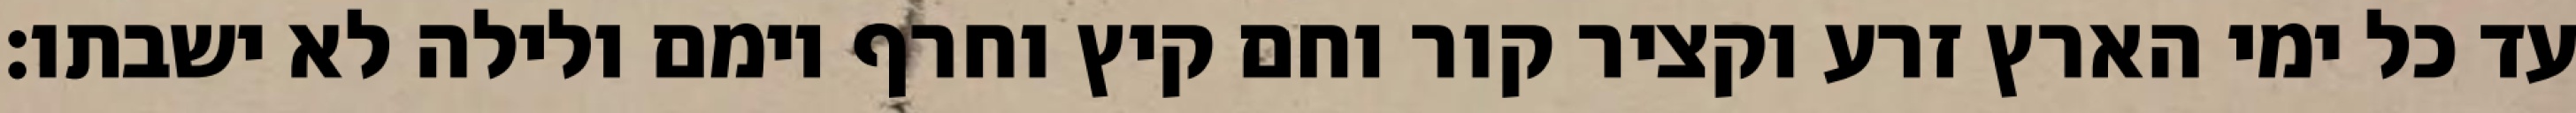
עד כל ימי הארץ זרע וקציר קור וחם קיץ וחרף יומם ולילה לא ישבתו׃